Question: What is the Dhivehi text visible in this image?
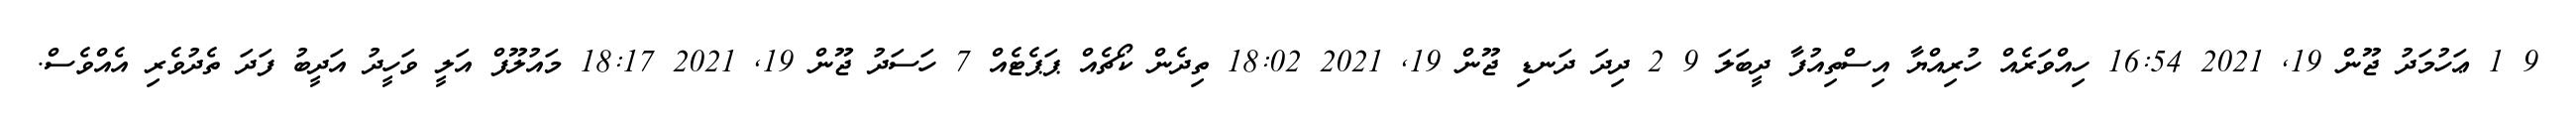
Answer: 9 1 ޢަހުމަދު ޖޫން 19, 2021 16:54 ހިއްވަރެއް ހުރިއްޔާ އިސްތިއުފާ ދީބަލަ 9 2 ދިދަ ދަނޑި ޖޫން 19, 2021 18:02 ތިދެން ކޯޗެއް ޕަޕެޓެއް 7 ހަސަދު ޖޫން 19, 2021 18:17 މައުލޫފް އަލީ ވަހީދު އަދީބު ފަދަ ތެދުވެރި އެއްވެސް.